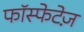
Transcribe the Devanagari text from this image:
फॉस्फेटेज़